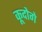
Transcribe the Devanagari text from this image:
कूदोगे